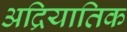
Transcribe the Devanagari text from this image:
अद्रियातिक